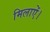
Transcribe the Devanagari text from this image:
मिलाऐं।